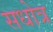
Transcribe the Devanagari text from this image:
सधोत्र